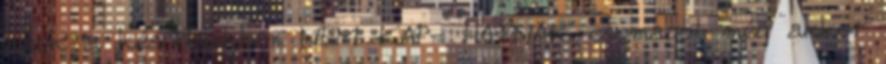
azok a későbbiekben NEM KAP- HATNAK csomagot még akkor